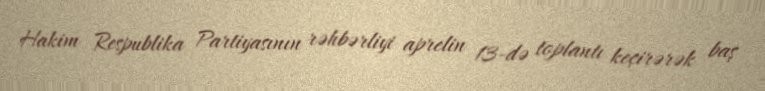
Hakim Respublika Partiyasının rəhbərliyi aprelin 13-də toplantı keçirərək baş